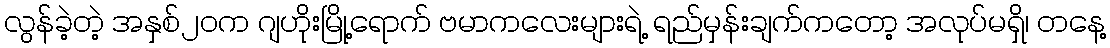
လွန်ခဲ့တဲ့ အနှစ်၂၀က ဂျဟိုးမြို့ရောက် ဗမာကလေးများရဲ့ ရည်မှန်းချက်ကတော့ အလုပ်မရှိ၊ တနေ့